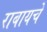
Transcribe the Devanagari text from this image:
राबायचे